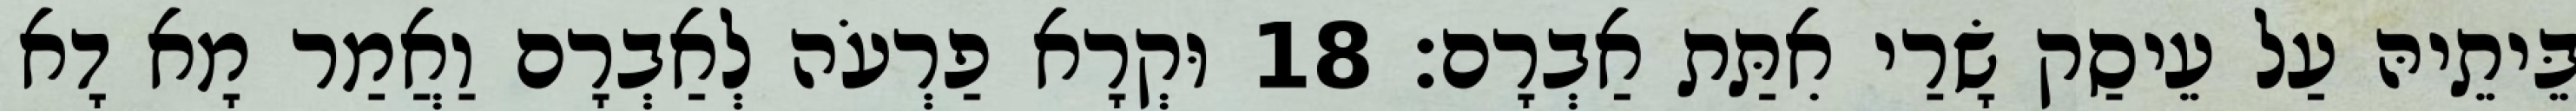
בֵּיתֵיהּ עַל עֵיסַק שָׂרַי אִתַּת אַבְרָם׃ 18 וּקְרָא פַרְעֹה לְאַבְרָם וַאֲמַר מָא דָא